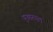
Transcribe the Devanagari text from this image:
युआरएल